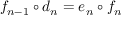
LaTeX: f _ { n - 1 } \circ d _ { n } = e _ { n } \circ f _ { n }